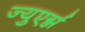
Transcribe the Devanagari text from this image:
ज्युएर्ग्न